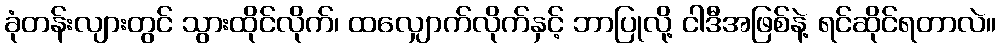
ခုံတန်းလျားတွင် သွားထိုင်လိုက်၊ ထလျှောက်လိုက်နှင့် ဘာပြုလို့ ငါဒီအဖြစ်နဲ့ ရင်ဆိုင်ရတာလဲ။